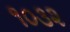
૧૦૩૨